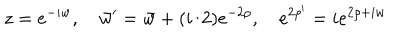
z = e ^ { - i w } , \quad \bar { w } ^ { \prime } = \bar { w } + ( i / 2 ) e ^ { - 2 \rho } , \quad e ^ { 2 \rho ^ { \prime } } = i e ^ { 2 \rho + i w }